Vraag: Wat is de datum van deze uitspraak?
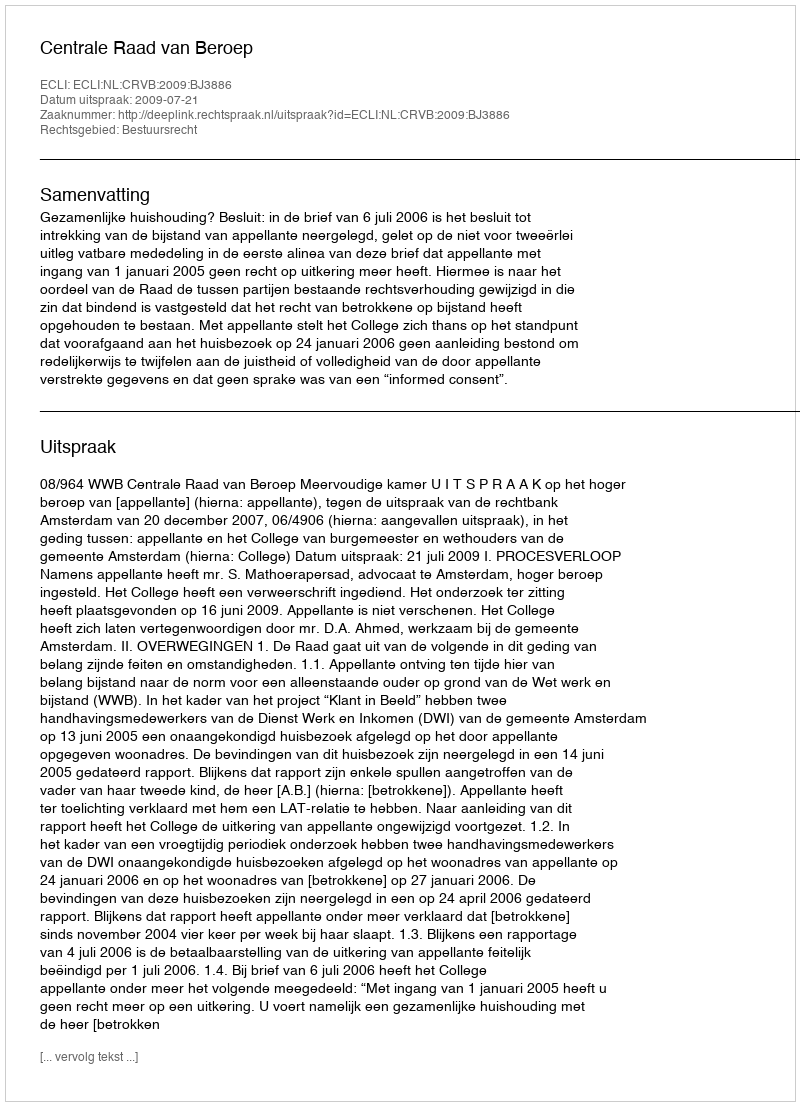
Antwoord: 2009-07-21